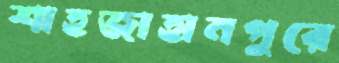
শাহজাহানপুরে